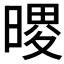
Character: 𪰺